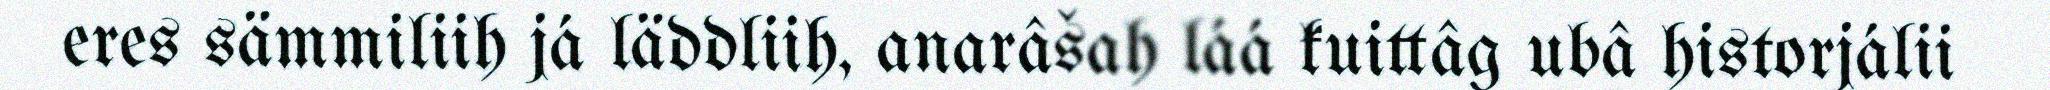
eres sämmiliih já läddliih, anarâšah láá kuittâg ubâ historjálii